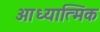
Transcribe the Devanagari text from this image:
आध्‍यात्मिक